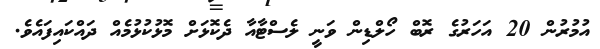
އުމުރުން 20 އަހަރުގެ ރޮބް ހޯލްޑިން ވަނީ ލެސްޓާއާ ދެކޮޅަށް މޮޅުކުޅުމެއް ދައްކައިފައެވެ.